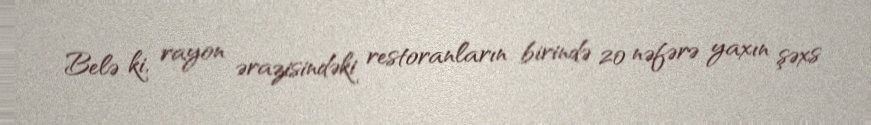
Belə ki, rayon ərazisindəki restoranların birində 20 nəfərə yaxın şəxs